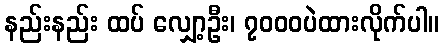
နည်းနည်း ထပ် လျှော့ဦး၊ ၇၀၀၀ပဲထားလိုက်ပါ။